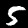
Digit: 5